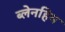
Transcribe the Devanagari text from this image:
ब्लेनहिम